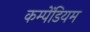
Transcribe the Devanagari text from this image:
कम्पेंडियम